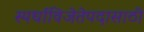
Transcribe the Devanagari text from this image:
स्पर्धाविजेतेपदासाठी